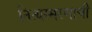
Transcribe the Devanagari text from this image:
नित्यस्मरणाची